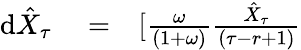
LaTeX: \begin{array}{rlr}{\textrm{d}\hat{X}_{\tau}}&{{}=}&{[\frac{\omega}{(1+\omega)}\frac{\hat{X}_{\tau}}{(\tau-r+1)}}\end{array}